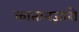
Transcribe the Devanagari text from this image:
कातानज़ारो